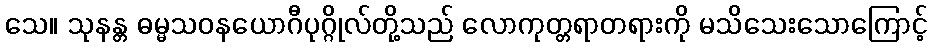
သေ။ သုနန္တ ဓမ္မသဝနယောဂီပုဂ္ဂိုလ်တို့သည် လောကုတ္တရာတရားကို မသိသေးသောကြောင့်